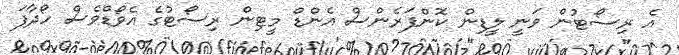
އެ ރިސޯޓުން ވަނީ ލީޑިން ކޮންފަރެންސް އެންޑް މީޓިން ރިސޯޓުގެ އެވޯޑްވެސް ހޯދާފަ